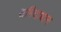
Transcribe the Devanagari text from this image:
समिदाधान